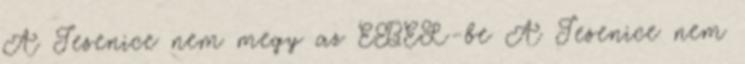
A Jesenice nem megy az EBEL-be A Jesenice nem